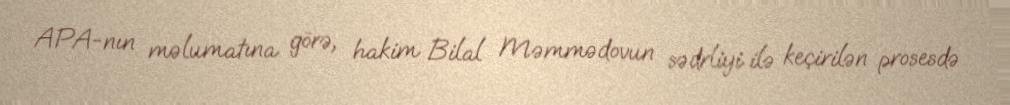
APA-nın məlumatına görə, hakim Bilal Məmmədovun sədrliyi ilə keçirilən prosesdə